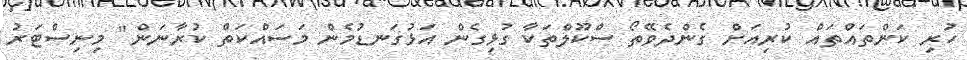
ހުރި ކަންތައްތައް ކުރިއަށް ގެންދެވޭތޯ ސްކޫލްތަކާ ގުޅިގެން އަޅުގަނޑުމެން މަސައްކަތް ކުރާނަން" މިނިސްޓަރު